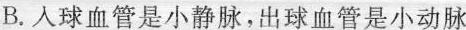
B.人球血管是小静脉，出球血管是小动脉